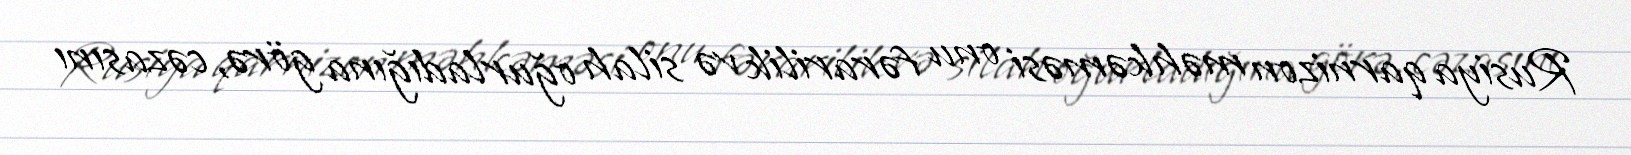
Rusiya qarnizon məhkəməsi onu fərarilik və silah oğurladığına görə, cəzasını